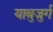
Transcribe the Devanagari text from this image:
याबुजुर्ग